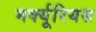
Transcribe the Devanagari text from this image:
मर्क्यूरियस